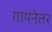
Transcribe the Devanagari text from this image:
गायनेतर